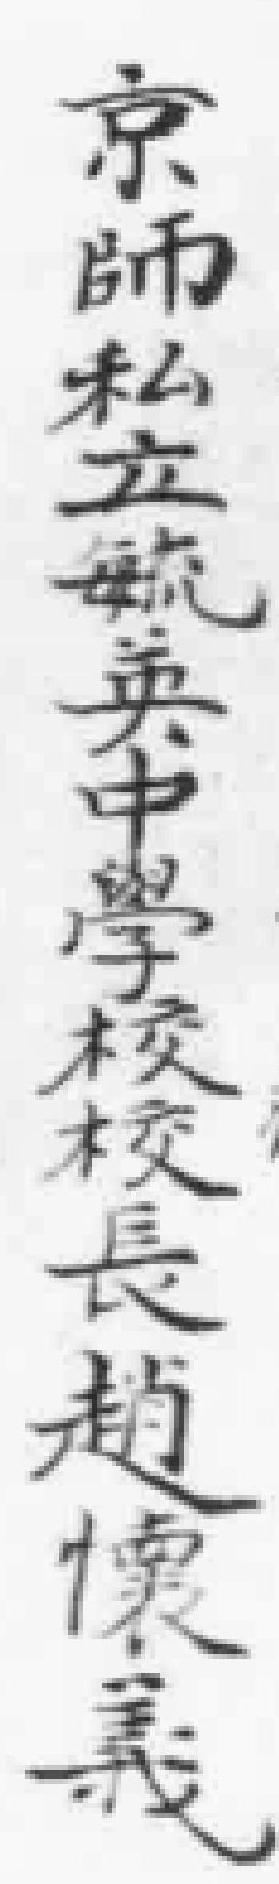
京師松立航英中學校校長趙懷義